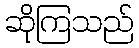
ဆိုကြသည်